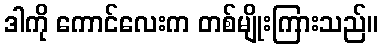
ဒါကို ကောင်လေးက တစ်မျိုးကြားသည်။